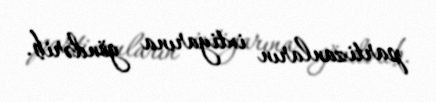
partizanların ixtiyarına göndərib.